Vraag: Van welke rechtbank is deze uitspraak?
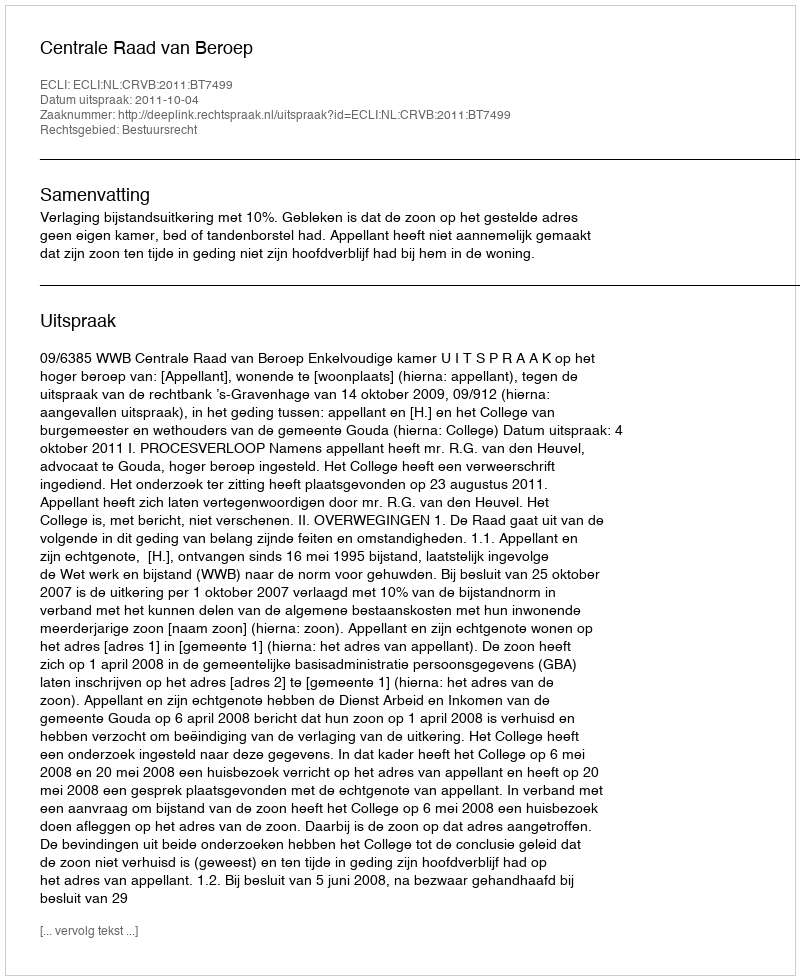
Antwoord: Centrale Raad van Beroep